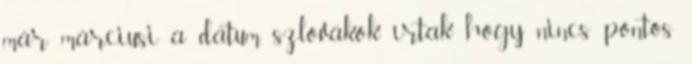
már márciusi a dátum, szlovákok írtak hogy nincs pontos